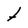
Character: t